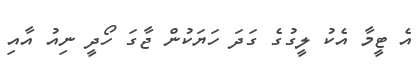
އެ ޓީމާ އެކު ލީގުގެ ގަދަ ހަޔަކުން ޖާގަ ހޯދީ ނިއު އާއި